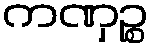
ကဏှဉ္စ